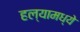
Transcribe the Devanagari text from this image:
हल्यामध्ये